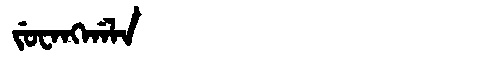
Manchu: ᠵᡠᠸᠠᠩᡤᠠᠯᠠ
Romanization: JUWANGGALA